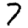
Digit: 7